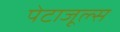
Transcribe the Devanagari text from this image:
पेटाजूल्स